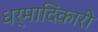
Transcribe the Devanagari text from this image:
धर्मादिकारी